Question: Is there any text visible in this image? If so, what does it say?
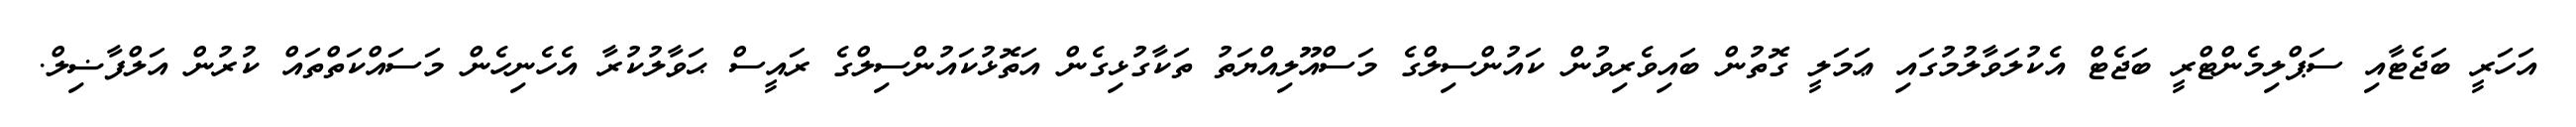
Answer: އަހަރީ ބަޖެޓާއި ސަޕްލިމެންޓްރީ ބަޖެޓް އެކުލަވާލުމުގައި ޢަމަލީ ގޮތުން ބައިވެރިވުން ކައުންސިލްގެ މަސްއޫލިއްޔަތު ތަކާގުޅިގެން އަތޮޅުކައުންސިލްގެ ރައީސް ޙަވާލުކުރާ އެހެނިހެން މަސައްކަތްތައް ކުރުން އަލްފާޟިލް.